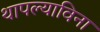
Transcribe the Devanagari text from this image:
थापल्याविना